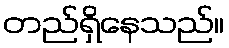
တည်ရှိနေသည်။